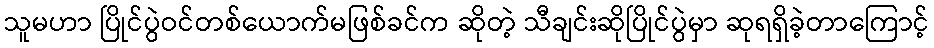
သူမဟာ ပြိုင်ပွဲဝင်တစ်ယောက်မဖြစ်ခင်က ဆိုတဲ့ သီချင်းဆိုပြိုင်ပွဲမှာ ဆုရရှိခဲ့တာကြောင့်